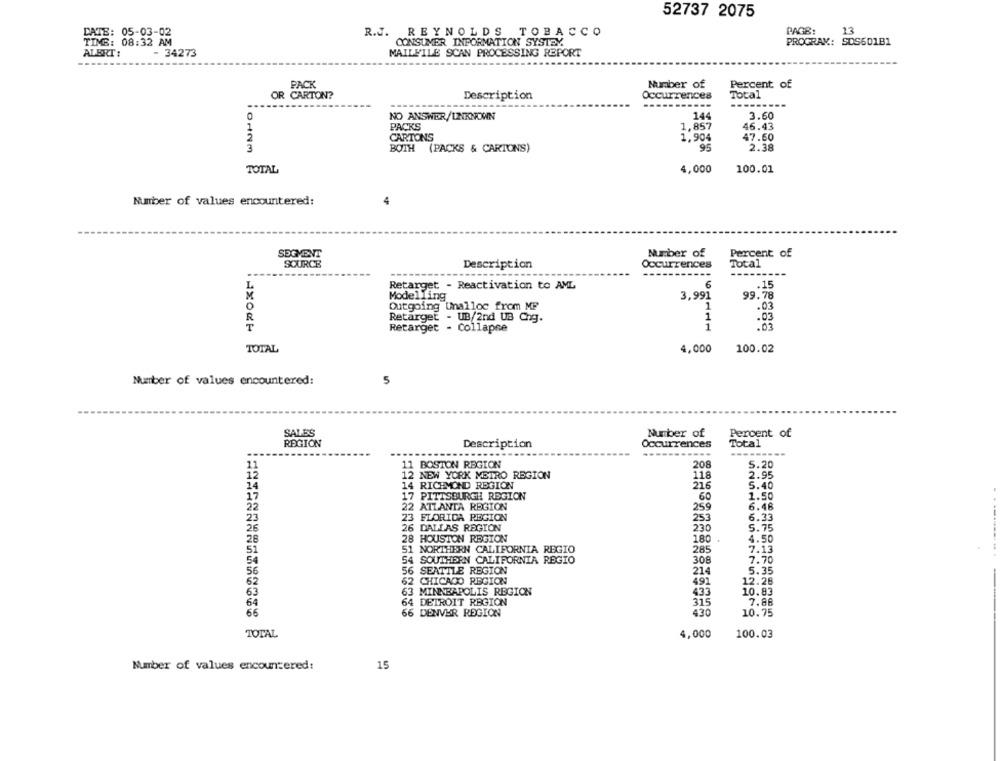
52737 2075
PAGB:
13
DATE: 05-03-02
DATE:
R.J. REYNOLDS TOBACCO
TIME: 08:32 AM
CONSUMER INFORMATION SYSTEM
PROGRAM: SOS601B1
ALERT :
- 34273
MAILFILE SCAN PROCESSING REPORT
Number of
Percent of
PACK
OR CARTON?
Description
Occurrences
Total
WNHO
144
3.60
NO ANSWER/UNKNOWN
PACKS
1,857
46.43
CARTONS
1,904
47.60
BOTH (PACKS & CARTONS)
95
2.38
TOTAL
4,000
100.01
Number of values encountered:
4
Percent of
SEGMENT
Number of
SOURCE
Description
Occurrences
Total
-----
----
L.
Retarget - Reactivation to AML
6
.15
Modelling
3,991
99.78
O
1
.03
Outgoing Unalloc from MP
R
Retarget - UB/2nd UB Cng.
1
.03
Retarget - Collapse
1
.03
TOTAL
4,000
100.02
5
Number of values encountered:
SALES
Number of
Percent of
REGION
Description
Occurrences
Total
----------
---
11
11 BOSTON REGION
208
5.20
12 NEW YORK METRO REGION
118
2.95
14
14 RICHMOND REGION
216
5.40
17
17
.60
1.50
PITTSBURGH REGION
22 ATLANTA REGION
259
6.48
23
23 FLORIDA REGION
253
6.33
26
26 DALLAS REGION
230
5.75
28
28 HOUSTON REGION
180
4.50
51
51 NORTHERN CALIFORNIA REGIO
7.13
285
54
54 SOUTHERN CALIFORNIA REGIO
308
7.70
56 SEATTLE REGION
5.35
56
214
62
62 CHICAGO REGION
491
12.28
63
63 MINNEAPOLIS REGION
433
10.83
64
64
DETROIT REGION
315
7.86
66
66 DENVER REGION
430
10.75
TOTAL
4,000
100.03
Number of values encountered:
15